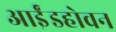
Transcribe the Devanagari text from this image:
आईंडहोवन